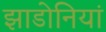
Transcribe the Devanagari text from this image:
झाडोनियां